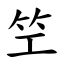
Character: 笁